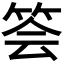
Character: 𥭉